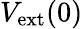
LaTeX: V_{\mathrm{ext}}(0)